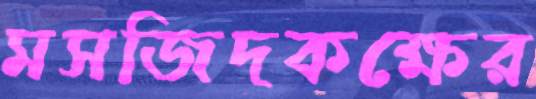
মসজিদকক্ষের